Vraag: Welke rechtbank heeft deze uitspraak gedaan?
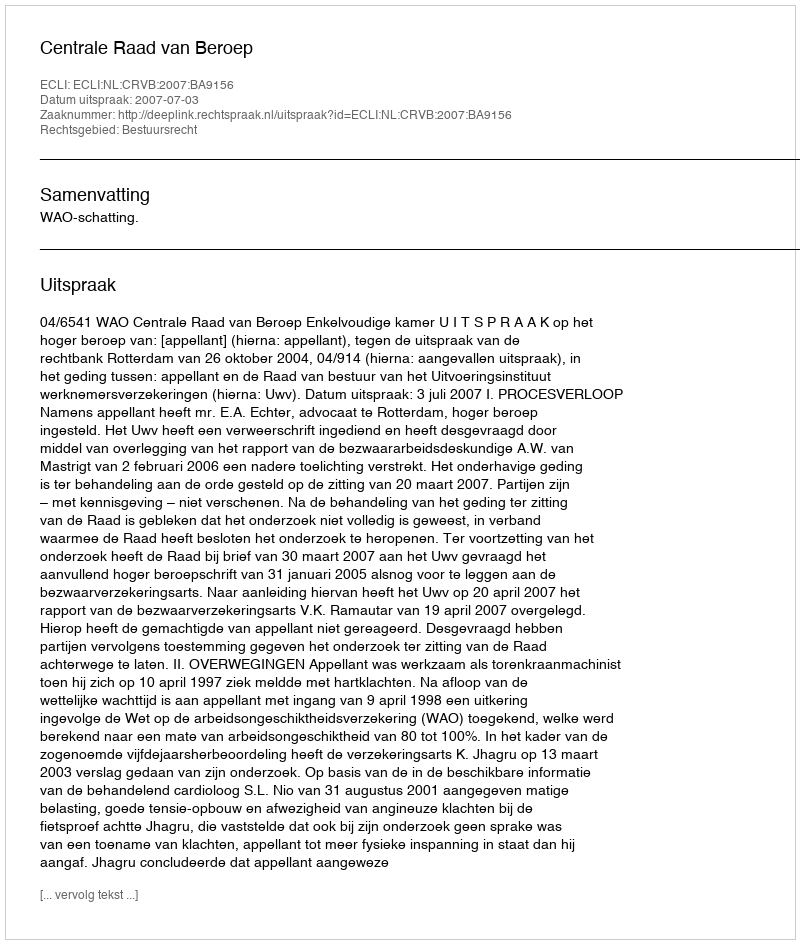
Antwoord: Centrale Raad van Beroep